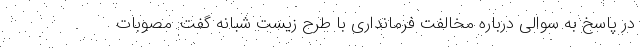
در پاسخ به سوالی درباره مخالفت فرمانداری با طرح زیست شبانه گفت: مصوبات